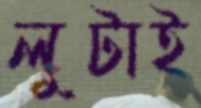
লুটাই